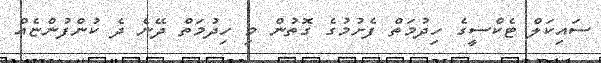
ސައިކަލް ޓެކްސީގެ ހިދުމަތް ފެށުމުގެ ގޮތުން މި ހިދުމަތް ދޭނެ ދެ ކުންފުންޏެއްް